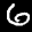
Label: 6